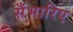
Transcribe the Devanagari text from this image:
सँभारिए